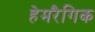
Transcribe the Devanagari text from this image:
हेमरैगिक